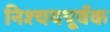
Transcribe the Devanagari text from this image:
निश्‍चयपूर्वक